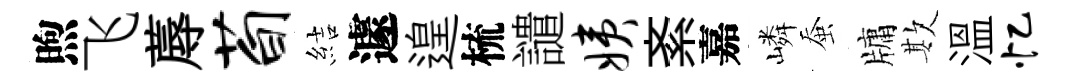
煦飞蓐荀結遽遑梳譴姨紊嘉嶙蚕牗欺溫忆